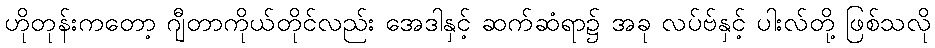
ဟိုတုန်းကတော့ ဂျီတာကိုယ်တိုင်လည်း အေဒါနှင့် ဆက်ဆံရာ၌ အခု လပ်ဗ်နှင့် ပါးလ်တို့ ဖြစ်သလို